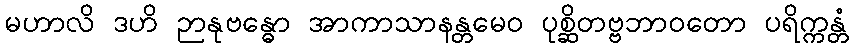
မဟာလိ ဒဟိ ဉာနုဗန္ဓော အာကာသာနန္တမေဝ ပုစ္ဆိတဗ္ဗဘာဝတော ပရိက္ကန္တံ